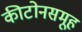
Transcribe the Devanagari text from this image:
कीटोनसमूह